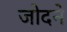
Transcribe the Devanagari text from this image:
जोदने